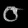
Digit: ၀